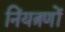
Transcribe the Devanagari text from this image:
निंयत्रणों